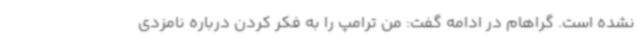
نشده است. گراهام در ادامه گفت: من ترامپ را به فکر کردن درباره نامزدی